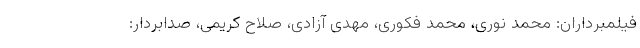
فیلمبرداران: محمد نوری، محمد فکوری، مهدی آزادی، صلاح کریمی، صدابردار: